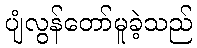
ပျံလွန်တော်မူခဲ့သည်